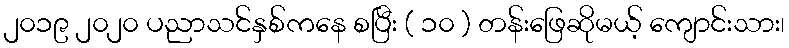
၂၀၁၉ ၂၀၂၀ ပညာသင်နှစ်ကနေ စပြီး ( ၁၀ ) တန်းဖြေဆိုမယ့် ကျောင်းသား၊